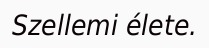
Szellemi élete.